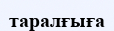
таралғыға